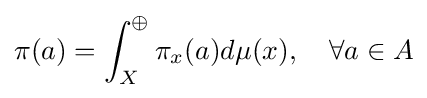
\pi (a)=\int _{X}^{\oplus }\pi _{x}(a)d\mu (x),\quad \forall a\in A